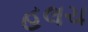
હલચ